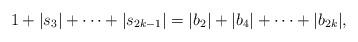
LaTeX: \begin{align*} 1+|s_3|+\cdots+|s_{2k-1}|=|b_2|+|b_4|+\cdots+|b_{2k}|,\end{align*}